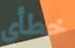
خطأي